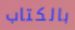
بالكتاب